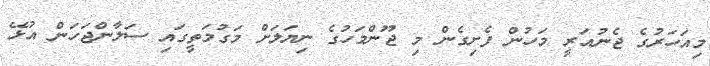
މިއަހަރުގެ ޖެނުއަރީ މަހުން ފެށިގެން މި ޖޫންމަހުގެ ނިޔަލަށް މަގުމަތީގައި ސަލާންޖަހަން އުޅޭ